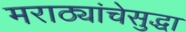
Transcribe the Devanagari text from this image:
मराठ्यांचेसुद्धा